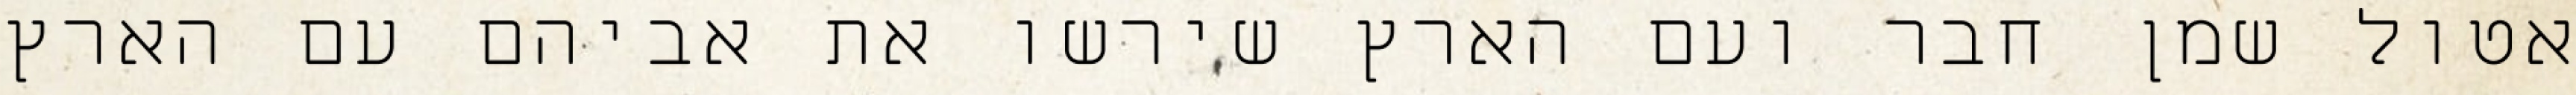
אטול שמן חבר ועם הארץ שירשו את אביהם עם הארץ